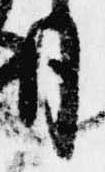
月